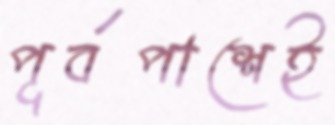
পূর্বপাশেই